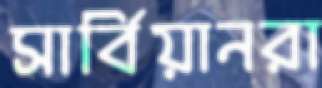
সার্বিয়ানরা